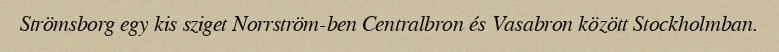
Strömsborg egy kis sziget Norrström-ben Centralbron és Vasabron között Stockholmban.